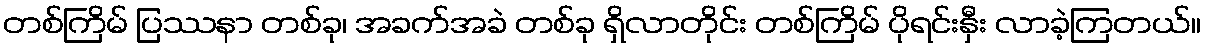
တစ်ကြိမ် ပြဿနာ တစ်ခု၊ အခက်အခဲ တစ်ခု ရှိလာတိုင်း တစ်ကြိမ် ပိုရင်းနှီး လာခဲ့ကြတယ်။